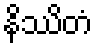
နိဿိတံ